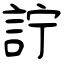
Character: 詝